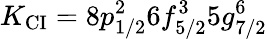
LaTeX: K_{\mathrm{CI}}=8p_{1/2}^{2}6f_{5/2}^{3}5g_{7/2}^{6}